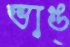
ভাঙ্